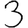
Digit: 3